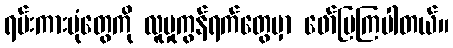
ရမ်းကားပုံတွေကို လူမှုကွန်ရက်တွေမှာ ဖော်ပြကြပါတယ်။